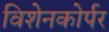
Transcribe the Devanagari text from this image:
विशेनकोर्पर